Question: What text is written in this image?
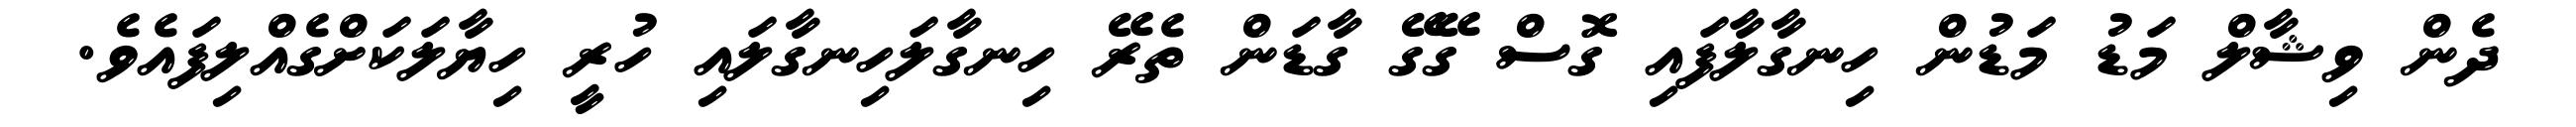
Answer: ދެން ވިޝާލް މަޑު މަޑުން ހިނގާލާފައި ގޮސް ގޭގޭ ގާޑަން ތެރޭ ހިނގާލަހިނގާލައި ހުރީ ހިޔާލަކަށްގެއްލިފައެވެ.